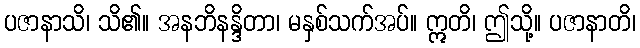
ပဇာနာသိ၊ သိ၏။ အနဘိနန္ဒိတာ၊ မနှစ်သက်အပ်။ ဣတိ၊ ဤသို့။ ပဇာနာတိ၊